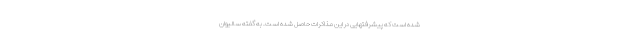
شده است که پیشرفتهایی در این مذاکرات حاصل شده است. به گفته سالیوان